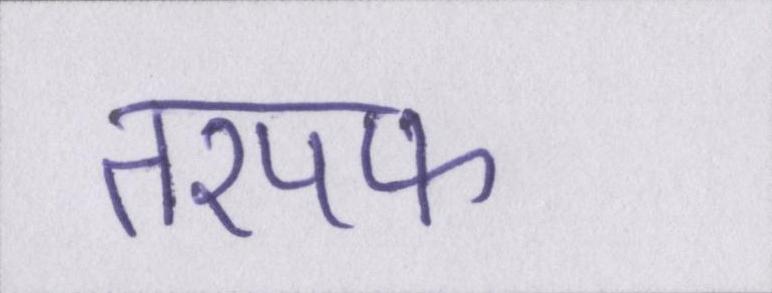
तरपफ